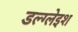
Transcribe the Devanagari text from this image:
डल्ग्लेइश